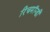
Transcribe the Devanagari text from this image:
रिचमॉन्डी